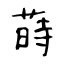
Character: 蒔